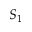
S _ { 1 }